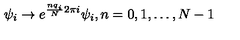
\psi _ { i } \to e ^ { \frac { n q _ { i } } { N } 2 \pi i } \psi _ { i } , n = 0 , 1 , \ldots , N - 1